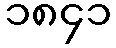
၁၈၄၁